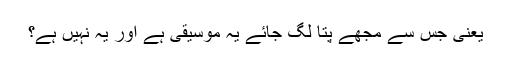
یعنی جس سے مجھے پتا لگ جائے یہ موسیقی ہے اور یہ نہیں ہے؟